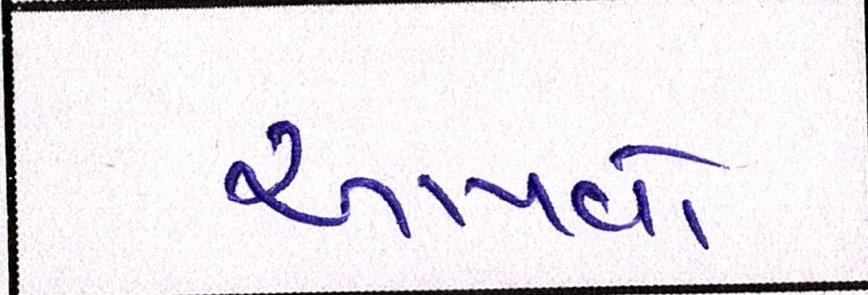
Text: આપવો